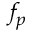
f _ { p }